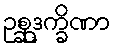
ဥစ္ဆုဒက္ခိဏာ